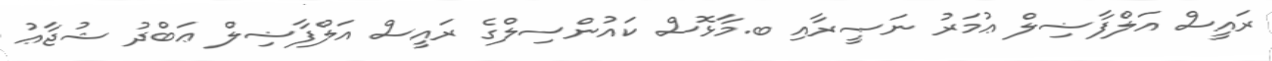
ރައީސް އަލްފާޟިލް ޢުމަރު ނަޞީރާއި ބ.މާޅޮސް ކައުންސިލްގެ ރަައީސް އަލްފާޟިލް ޢަބްދު ޝުޖާޢު